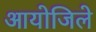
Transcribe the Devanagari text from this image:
आयोजिले